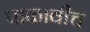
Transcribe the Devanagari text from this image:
पाळावीच